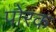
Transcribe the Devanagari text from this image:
पोरक